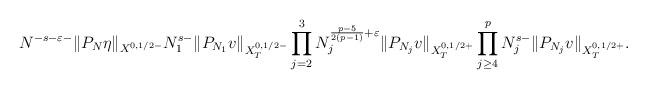
LaTeX: \begin{align*}N^{-s-\varepsilon-}\|P_{N}\eta\|_{X^{0, 1/2-}}N^{s-}_{1}\|P_{N_{1}}v\|_{X^{0, 1/2-}_T}\prod_{j=2}^3N_{j}^{\frac{p-5}{2(p-1)}+\varepsilon}\|P_{N_{j}}v\|_{X^{0, 1/2+}_T}\prod_{j\geq 4}^p N^{s-}_{j}\|P_{N_{j}}v\|_{X^{0, 1/2+}_T}.\end{align*}